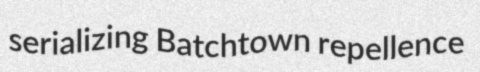
serializing Batchtown repellence